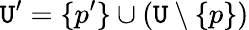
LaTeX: \mathtt{U}^{\prime}=\{ p^{\prime}\} \cup(\mathtt{U}\setminus\{ p\} )